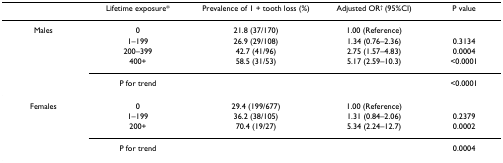
<table><thead><tr><td></td><td><b>Lifetime exposure*</b></td><td><b>Prevalence of 1 + tooth loss (%)</b></td><td><b>Adjusted OR<sup>† </sup>(95%CI)</b></td><td><b>P value</b></td></tr></thead><tbody><tr><td>Males</td><td>0</td><td>21.8 (37/170)</td><td>1.00 (Reference)</td><td></td></tr><tr><td></td><td>1–199</td><td>26.9 (29/108)</td><td>1.34 (0.76–2.36)</td><td>0.3134</td></tr><tr><td></td><td>200–399</td><td>42.7 (41/96)</td><td>2.75 (1.57–4.83)</td><td>0.0004</td></tr><tr><td></td><td>400+</td><td>58.5 (31/53)</td><td>5.17 (2.59–10.3)</td><td>&lt;0.0001</td></tr><tr><td></td><td>P for trend</td><td></td><td></td><td>&lt;0.0001</td></tr><tr><td>Females</td><td>0</td><td>29.4 (199/677)</td><td>1.00 (Reference)</td><td></td></tr><tr><td></td><td>1–199</td><td>36.2 (38/105)</td><td>1.31 (0.84–2.06)</td><td>0.2379</td></tr><tr><td></td><td>200+</td><td>70.4 (19/27)</td><td>5.34 (2.24–12.7)</td><td>0.0002</td></tr><tr><td></td><td>P for trend</td><td></td><td></td><td>0.0004</td></tr></tbody></table>